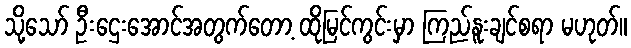
သို့သော် ဦးဌေးအောင်အတွက်တော့ ထိုမြင်ကွင်းမှာ ကြည်နူးချင်စရာ မဟုတ်။